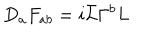
D _ { a } F _ { a b } = i \bar { L } \Gamma ^ { b } L